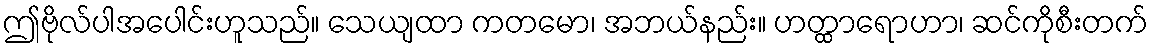
ဤဗိုလ်ပါအပေါင်းဟူသည်။ သေယျထာ ကတမော၊ အဘယ်နည်း။ ဟတ္ထာရောဟာ၊ ဆင်ကိုစီးတက်